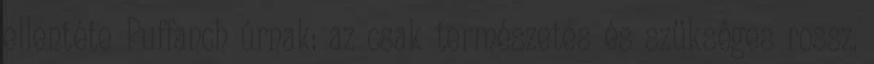
ellentéte Puffanch úrnak: az csak természetes és szükséges rossz.